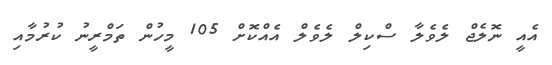
އެއީ ނޮލެޖް ލެވެލާ ސްކިލް ލެވެލް އެއްކޮށް 105 މީހުން ތަމްރީނު ކުރުމާއި